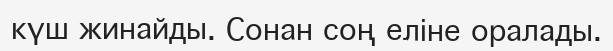
күш жинайды. Сонан соң еліне оралады.